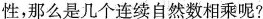
性，那么是几个连续自然数相乘呢?